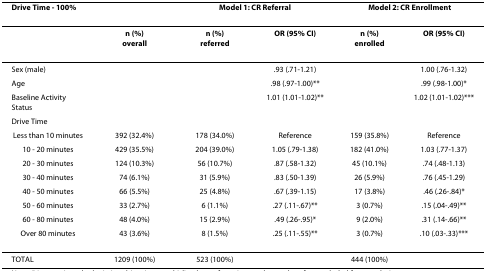
<table><thead><tr><td><b>Drive Time - 100%</b></td><td></td><td colspan="2"><b>Model 1: CR Referral</b></td><td colspan="2"><b>Model 2: CR Enrollment</b></td></tr></thead><tbody><tr><td></td><td><b>n (%)</b><b>overall</b></td><td><b>n (%)</b><b>referred</b></td><td><b>OR (95% CI)</b></td><td><b>n (%)</b><b>enrolled</b></td><td><b>OR (95% CI)</b></td></tr><tr><td>Sex (male)</td><td></td><td></td><td>.93 (.71-1.21)</td><td></td><td>1.00 (.76-1.32)</td></tr><tr><td>Age</td><td></td><td></td><td>.98 (.97-1.00)**</td><td></td><td>.99 (.98-1.00)*</td></tr><tr><td>Baseline Activity Status</td><td></td><td></td><td>1.01 (1.01-1.02)**</td><td></td><td>1.02 (1.01-1.02)***</td></tr><tr><td>Drive Time</td><td></td><td></td><td></td><td></td><td></td></tr><tr><td>Less than 10 minutes</td><td>392 (32.4%)</td><td>178 (34.0%)</td><td>Reference</td><td>159 (35.8%)</td><td>Reference</td></tr><tr><td>10 - 20 minutes</td><td>429 (35.5%)</td><td>204 (39.0%)</td><td>1.05 (.79-1.38)</td><td>182 (41.0%)</td><td>1.03 (.77-1.37)</td></tr><tr><td>20 - 30 minutes</td><td>124 (10.3%)</td><td>56 (10.7%)</td><td>.87 (.58-1.32)</td><td>45 (10.1%)</td><td>.74 (.48-1.13)</td></tr><tr><td>30 - 40 minutes</td><td>74 (6.1%)</td><td>31 (5.9%)</td><td>.83 (.50-1.39)</td><td>26 (5.9%)</td><td>.76 (.45-1.29)</td></tr><tr><td>40 - 50 minutes</td><td>66 (5.5%)</td><td>25 (4.8%)</td><td>.67 (.39-1.15)</td><td>17 (3.8%)</td><td>.46 (.26-.84)*</td></tr><tr><td>50 - 60 minutes</td><td>33 (2.7%)</td><td>6 (1.1%)</td><td>.27 (.11-.67)**</td><td>3 (0.7%)</td><td>.15 (.04-.49)**</td></tr><tr><td>60 - 80 minutes</td><td>48 (4.0%)</td><td>15 (2.9%)</td><td>.49 (.26-.95)*</td><td>9 (2.0%)</td><td>.31 (.14-.66)**</td></tr><tr><td>Over 80 minutes</td><td>43 (3.6%)</td><td>8 (1.5%)</td><td>.25 (.11-.55)**</td><td>3 (0.7%)</td><td>.10 (.03-.33)***</td></tr><tr><td>TOTAL</td><td>1209 (100%)</td><td>523 (100%)</td><td></td><td>444 (100%)</td><td></td></tr></tbody></table>